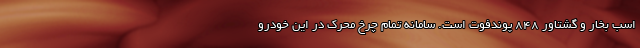
اسب بخار و گشتاور 848 پوندفوت است. سامانه تمام چرخ محرک در این خودرو